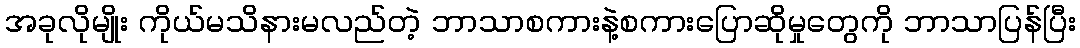
အခုလိုမျိုး ကိုယ်မသိနားမလည်တဲ့ ဘာသာစကားနဲ့စကားပြောဆိုမှုတွေကို ဘာသာပြန်ပြီး